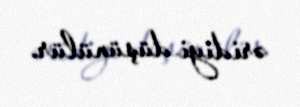
əridiyi düşünülür.